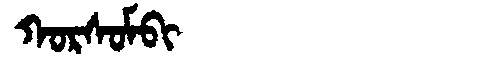
Manchu: ᡴᠣᡵᠰᠣᠮᠪᡳ
Romanization: KORSOMBI